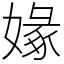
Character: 𡟼